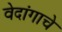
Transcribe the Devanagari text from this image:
वेदांगाचे